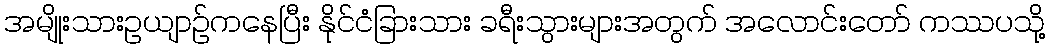
အမျိုးသားဥယျာဉ်ကနေပြီး နိုင်ငံခြားသား ခရီးသွားများအတွက် အလောင်းတော် ကဿပသို့